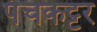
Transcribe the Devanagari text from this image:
पंचकट्टर